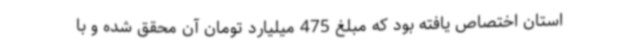
استان اختصاص یافته بود که مبلغ 475 میلیارد تومان آن محقق شده و با